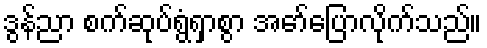
ဒွန်ညာ စက်ဆုပ်ရွံရှာစွာ အော်ပြောလိုက်သည်။